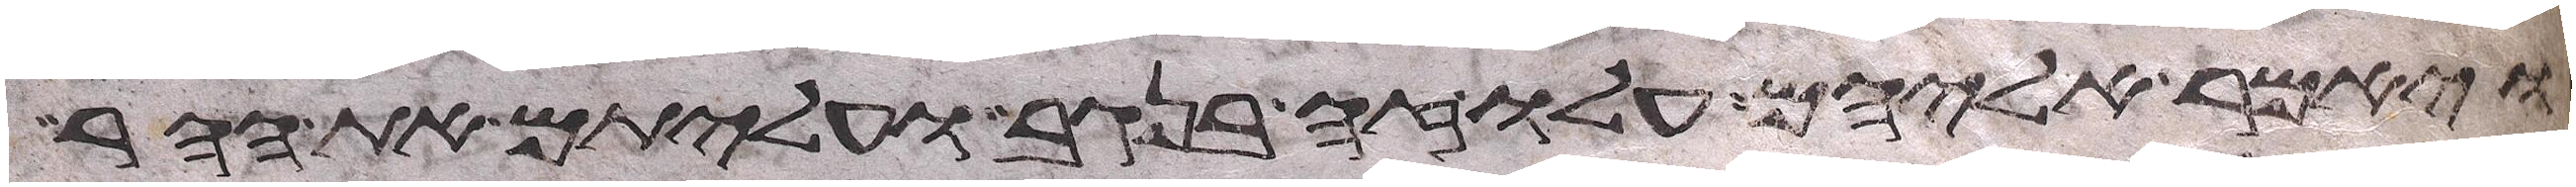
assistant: ויאמר אליהם עלו זה בנגב ועליתם את ההר